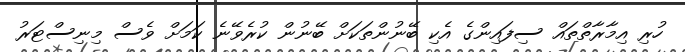
ހުރި އިމާރާތްތައް ސިފައިންގެ އެކި ބޭނުންތަކަށް ބޭނުން ކުރެވޭނެ ކަމަށް ވެސް މިނިސްޓަރު